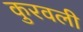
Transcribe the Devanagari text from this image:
कुरवली